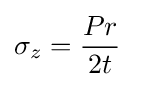
\sigma _{z}={\dfrac {Pr}{2t}}\